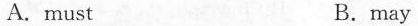
A.must B.may